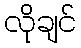
လိုချင်